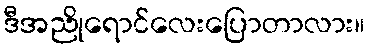
ဒီအညိုရောင်လေးပြောတာလား။